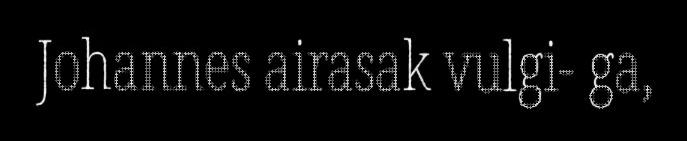
Johannes airasak vulgi- ga,